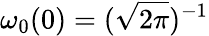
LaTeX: \omega_{0}(0)=(\sqrt{2\pi})^{-1}